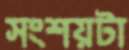
সংশয়টা